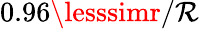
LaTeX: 0.96\lesssimr/\mathcal{R}